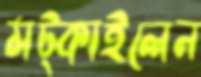
মট্‌কাইলেন